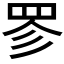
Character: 𮊃